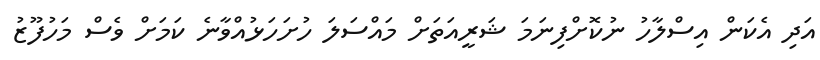
އަދި އެކަން އިސްލާހު ނުކޮށްފިނަމަ ޝަރީއަތަށް މައްސަލަ ހުށަހަޅުއްވާނެ ކަމަށް ވެސް މަހުފޫޒު